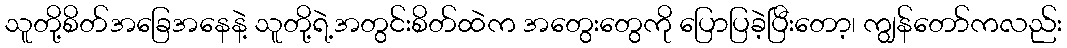
သူတို့စိတ်အခြေအနေနဲ့ သူတို့ရဲ့အတွင်းစိတ်ထဲက အတွေးတွေကို ပြောပြခဲ့ပြီးတော့၊ ကျွန်တော်ကလည်း